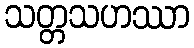
သတ္တသဟဿာ